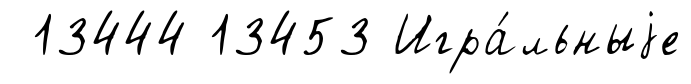
13444 13453 Игра́льныjе